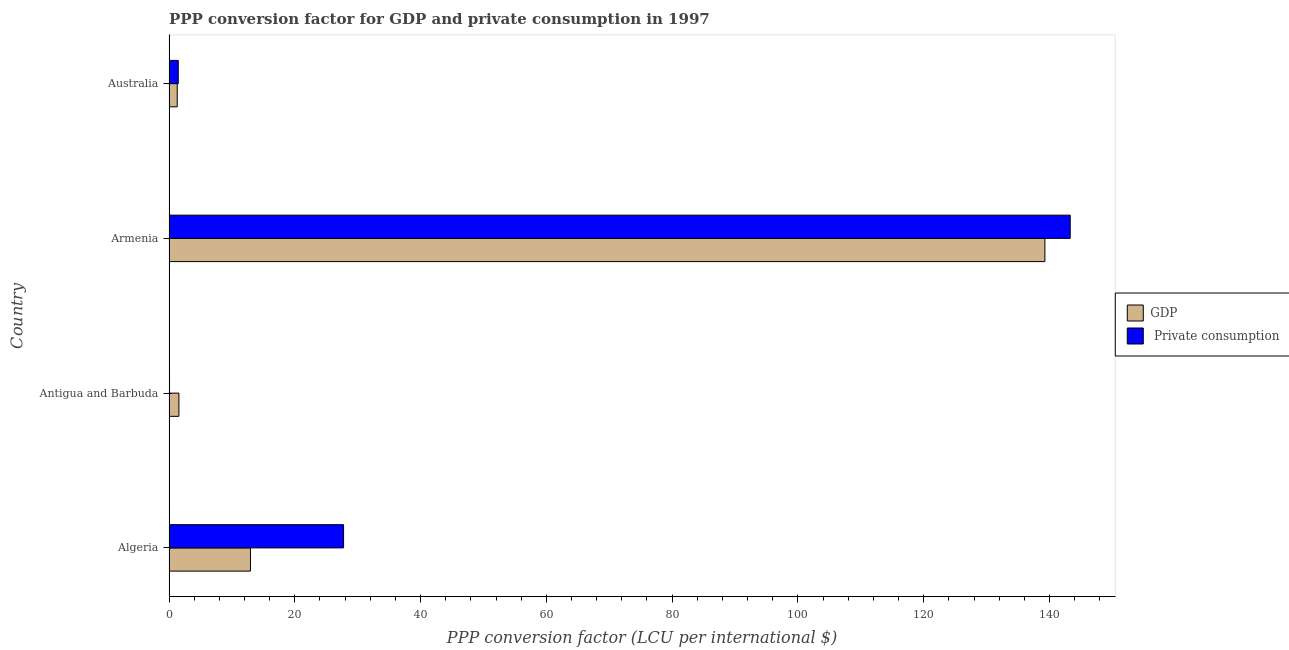
| Country | GDP |  Private consumption |
 | --- | --- | --- |
 | Algeria | 13 | 27.8 |
 | Antigua and Barbuda | 1.58 | 0.0865 |
 | Armenia | 139 | 143 |
 | Australia | 1.31 | 1.47 |